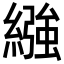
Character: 繈